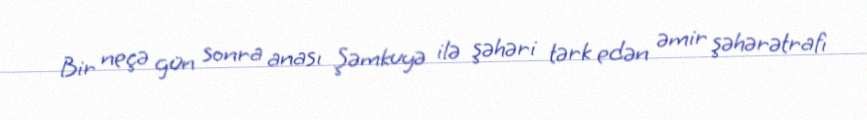
Bir neçə gün sonra anası Şəmkuyə ilə şəhəri tərk edən əmir şəhərətrafı